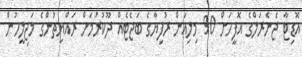
އޮޑިޓާ ޖެނެރަލްގެ އޮފީހަށް 90 މިލިއަން ރުފިޔާގެ ބަޖެޓެއް ދޫކުރުމަށް ރައްޔިތުންގެ މަޖިލީހުން